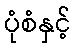
ပုံစံနှင့်